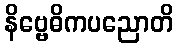
နိဗ္ဗေဓိကပညောတိ